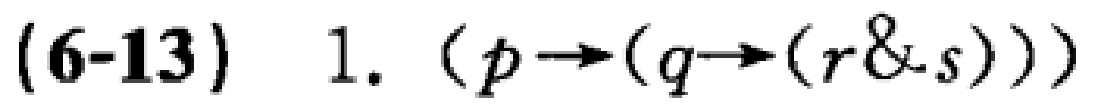
(6-13) 1. $(p \to (q \to (r \& s)))$